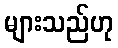
များသည်ဟု